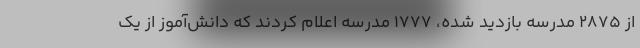
از ۲۸۷۵ مدرسه بازدید شده، ۱۷۷۷ مدرسه اعلام کردند که دانش‌آموز از یک